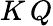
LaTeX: K\, Q